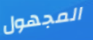
المجهول